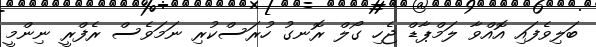
ބަލިވެފައި އޮއްވާ ލަމްޕާޑް ޖެހި ގޯލް ރޮނގު ހުރަސްކުރި ނަމަވެސް ރެފްރީ ނިންމީ